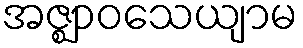
အဇ္ဈာဝသေယျာမ